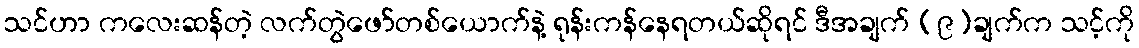
သင်ဟာ ကလေးဆန်တဲ့ လက်တွဲဖော်တစ်ယောက်နဲ့ ရုန်းကန်နေရတယ်ဆိုရင် ဒီအချက် (၉)ချက်က သင့်ကို